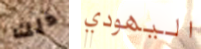
ذلك اليهودي